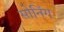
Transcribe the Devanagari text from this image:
सोनिंग